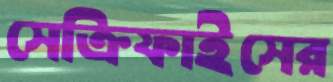
সেক্রিফাইসের